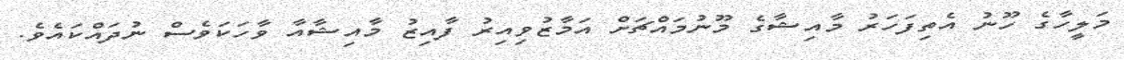
މަލީހާގެ ހޫނު އެތިފަހަރު މާއިޝާގެ މޫނުމައްޗަށް އަމާޒުވިއިރު ފާއިޒު މާއިޝާއާ ވާހަކަވެސް ނުދައްކައެވެ.